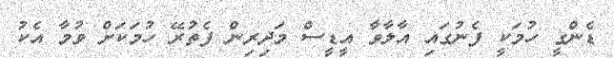
ޑެންގީ ހުމަކީ ފެނުގައި އާލާވާ އީޑީސް މަދިރިން ފެތުރޭ ހުމަކަށް ވުމާ އެކު